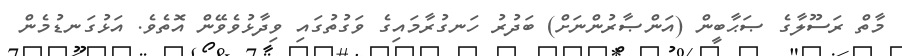
މާތް ރަސޫލާގެ ޞަޙާބީން (އަންޞާރުންނަށް) ބަދުރު ހަނގުރާމައިގެ ވަގުތުގައި ވިދާޅުވެވޭން އޮތެވެ. އަޅުގަނޑުމެން